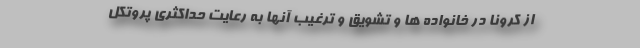
از کرونا در خانواده ها و تشویق و ترغیب آنها به رعایت حداکثری پروتکل